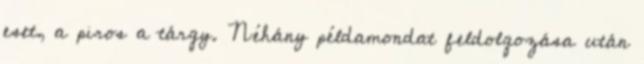
eset, a piros a tárgy. Néhány példamondat feldolgozása után